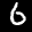
Label: 6